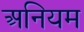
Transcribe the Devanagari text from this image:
अनियम